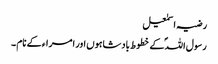
رضیہ اسمٰعیل
رسول اللہؐ کے خطوط بادشاہوں اور امراء کے نام ۔